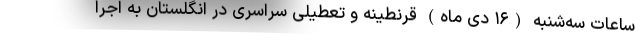
ساعات سه‌شنبه (۱۶ دی ماه) قرنطینه و تعطیلی سراسری در انگلستان به اجرا